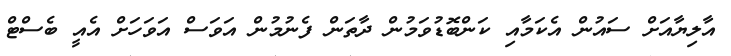
އާލިޔާއަށް ސައުން އެކަމާއި ކަންބޮޑުވަމުން ދާތަން ފެނުމުން އަވަސް އަވަހަށް އެއީ ބެސްޓް